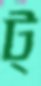
ট্